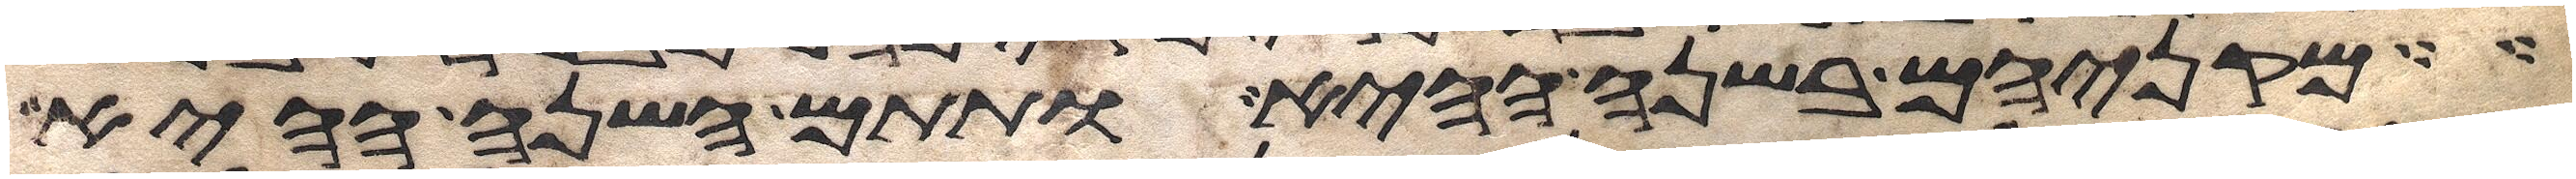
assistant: מקניהם בשנה ההיא ותתם השנה ההיא